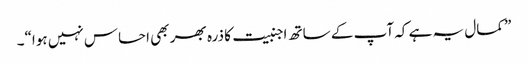
” کمال یہ ہے کہ آپ کے ساتھ اجنبیت کا ذرہ بھر بھی احساس نہیں ہوا“۔